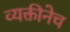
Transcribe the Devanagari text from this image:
व्यक्तीनेच